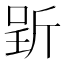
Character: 𱡩